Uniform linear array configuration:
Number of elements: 64
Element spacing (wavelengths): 0.5
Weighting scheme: binomial
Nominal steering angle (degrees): -30
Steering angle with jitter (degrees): -31.371
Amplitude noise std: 0.05
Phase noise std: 0.05

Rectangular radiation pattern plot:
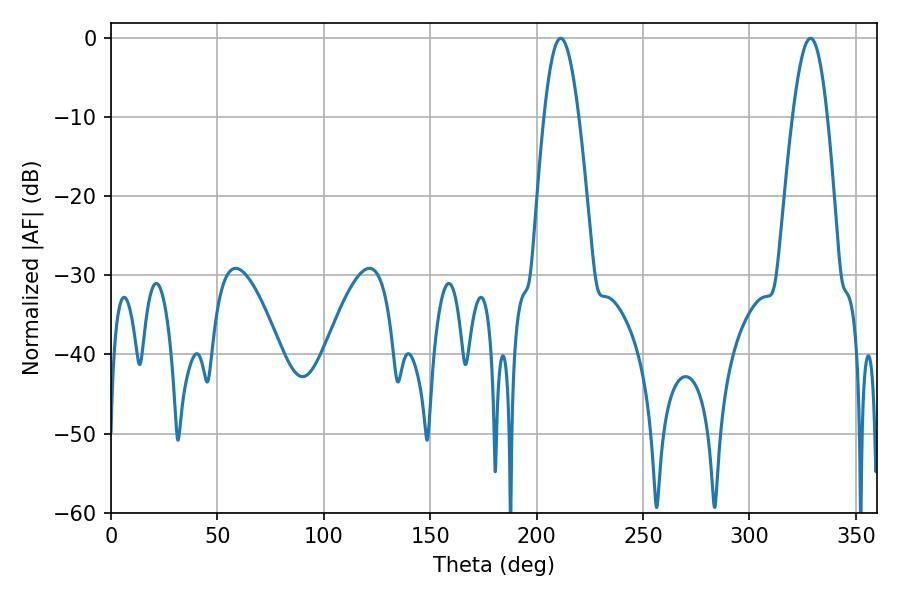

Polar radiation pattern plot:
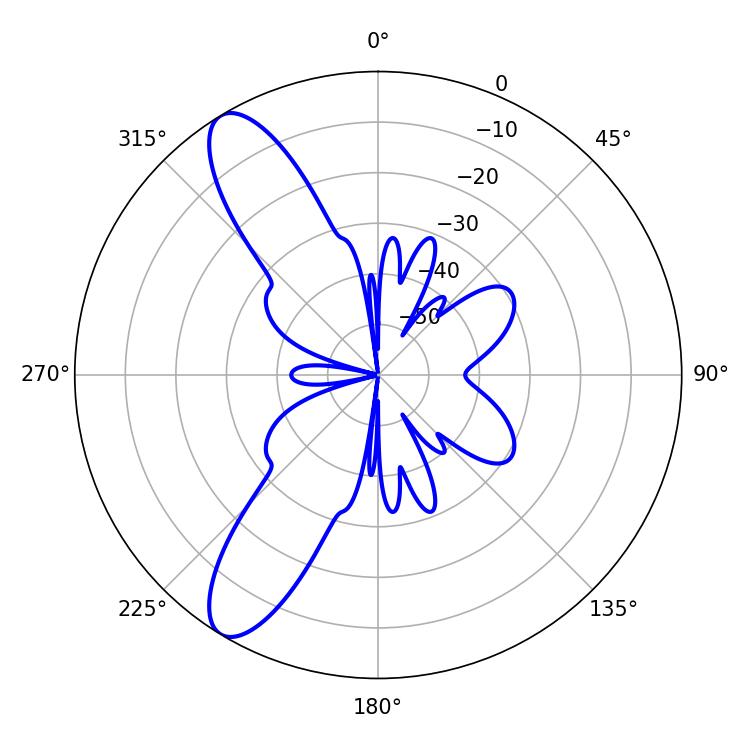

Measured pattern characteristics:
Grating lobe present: FALSE
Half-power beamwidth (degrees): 8.82
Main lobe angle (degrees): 328.68